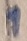
Text: 1